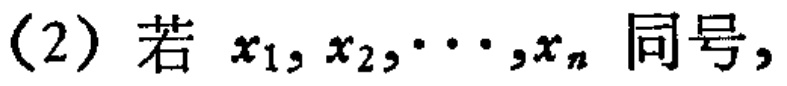
(2) 若 \(x_1,x_2,\cdots,x_n\) 同号，